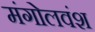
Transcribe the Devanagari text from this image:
मंगोलवंश